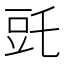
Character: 𧯝